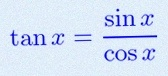
\tan x=\frac{\sin x}{\cos x}